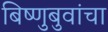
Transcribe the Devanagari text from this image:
बिष्णुबुवांचा